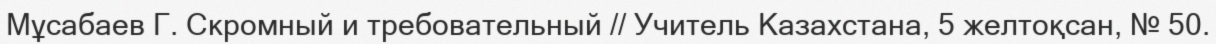
Мұсабаев Г. Скромный и требовательный // Учитель Казахстана, 5 желтоқсан, № 50.